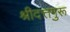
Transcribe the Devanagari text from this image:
श्रीदत्तगुरू